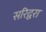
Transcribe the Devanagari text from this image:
सरिद्वरा